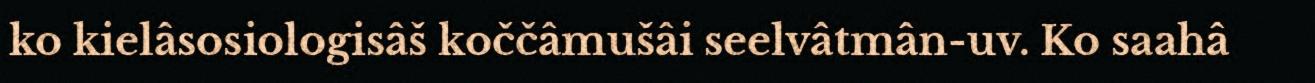
ko kielâsosiologisâš koččâmušâi seelvâtmân-uv. Ko saahâ